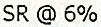
SR @ 6%